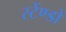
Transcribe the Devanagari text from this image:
स्टेंण्डों